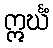
ဣင်္ဃံ